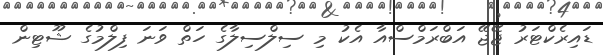
ޑައިރެކްޓަރު ޖޭޖޭ އަބްރަމްސްއާ އެކު މި ސިލްސިލާގެ ހަތް ވަނަ ފިލްމުގެ ޝޫޓިން